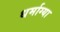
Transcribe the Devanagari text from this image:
धर्माग्या